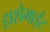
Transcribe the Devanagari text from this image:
हाशेमाईट